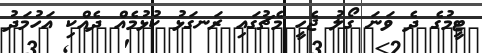
ޓީމުގެ ދެ ވަނަ ގޯލު ޖެހީ މެޗުގައި ރަނގަޅު ކުޅުމެއް ދެއްކި އަހުމަދު